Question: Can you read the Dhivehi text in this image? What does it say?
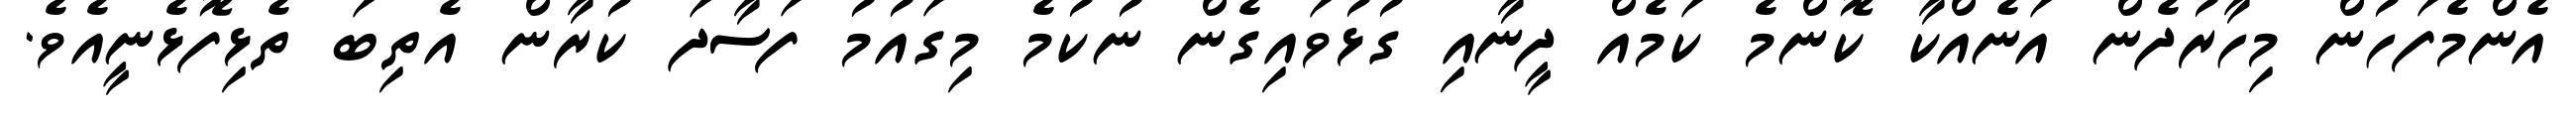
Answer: އެންމެފަހުން މިހާރުދެން އަނެއްކާ ކޮންމެ ކަމެއް ދީނާއި ގުޅުވައިގެން ނުކުމެ މިގައުމު ފަސާދަ ކުރާން އެތިބަ ތެޅިފޮޅެނީއެވެ.